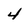
Character: 4